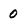
Character: 0